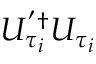
U _ { \tau _ { i } } ^ { ' \dagger } U _ { \tau _ { i } }